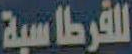
للفرطاسية